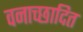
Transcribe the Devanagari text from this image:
वनाच्‍छादित